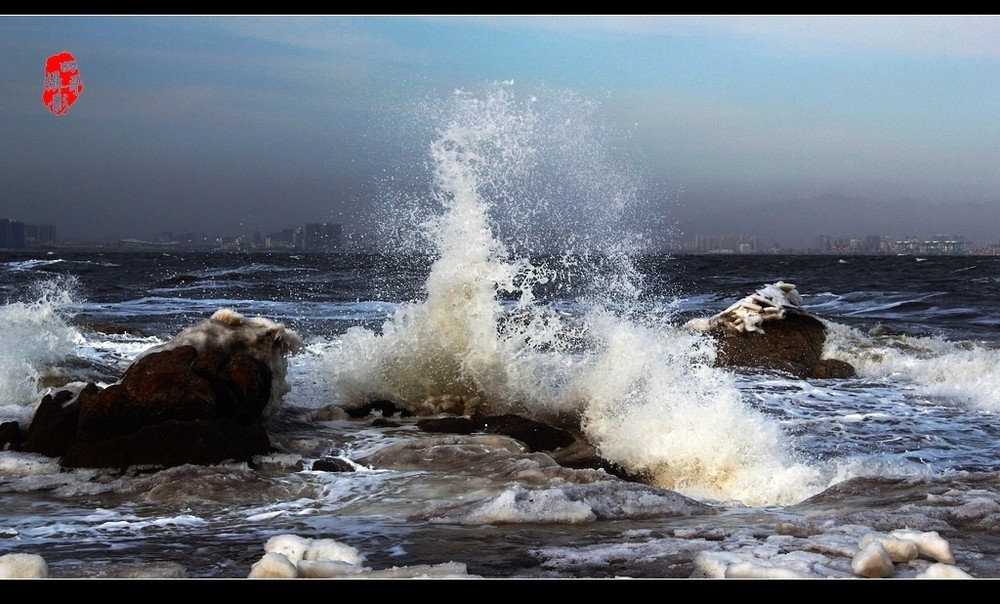
乱石穿空，惊涛拍岸，卷起千堆雪。